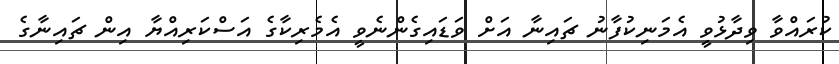
ކުރައްވާ ވިދާޅުވީ އެމަނިކުފާނު ޗައިނާ އަށް ވަޑައިގެންނެވީ އެެމެރިކާގެ އަސްކަރިއްޔާ އިން ޗައިނާގެ